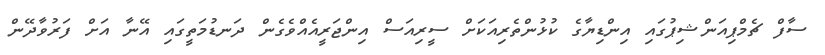
ސާފް ޗެމްޕިއަންޝިޕުގައި އިންޑިޔާގެ ކުޅުންތެރިއަކަށް ސީރިއަސް އިންޖަރީއެއްވެގެން ދަނޑުމަތީގައި އޭނާ އަށް ފަރުވާދޭން